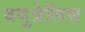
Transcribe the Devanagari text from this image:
बयुत्रेलिस